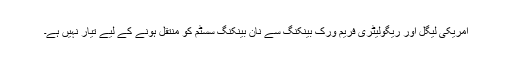
امریکی لیگل اور ریگولیٹری فریم ورک بینکنگ سے نان بینکنگ سسٹم کو منتقل ہونے کے لیے تیار نہیں ہے۔